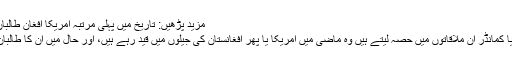
مزید پڑھیں: تاریخ میں پہلی مرتبہ امریکا افغان طالبان سے براہ راست مذاکرات کیلئے تیار
رپورٹ میں بتایا گیا جو طالبان رہنما یا کمانڈر ان ملاقاتوں میں حصہ لیتے ہیں وہ ماضی میں امریکا یا پھر افغانستان کی جیلوں میں قید رہے ہیں، اور حال میں ان کا طالبان کے نیٹ ورک سے کوئی تعلق نہیں۔